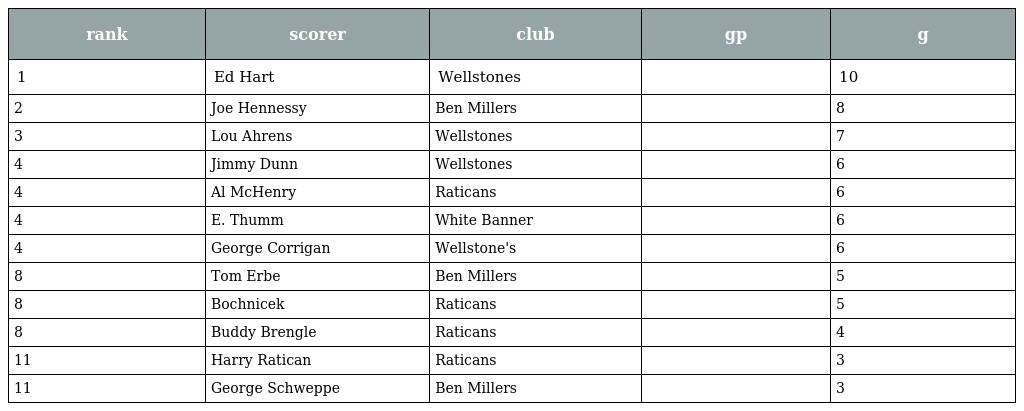
| rank | scorer | club | gp | g |
 | --- | --- | --- | --- | --- |
 | 1 | Ed Hart | Wellstones |  | 10 |
 | 2 | Joe Hennessy | Ben Millers |  | 8 |
 | 3 | Lou Ahrens | Wellstones |  | 7 |
 | 4 | Jimmy Dunn | Wellstones |  | 6 |
 | 4 | Al McHenry | Raticans |  | 6 |
 | 4 | E. Thumm | White Banner |  | 6 |
 | 4 | George Corrigan | Wellstone's |  | 6 |
 | 8 | Tom Erbe | Ben Millers |  | 5 |
 | 8 | Bochnicek | Raticans |  | 5 |
 | 8 | Buddy Brengle | Raticans |  | 4 |
 | 11 | Harry Ratican | Raticans |  | 3 |
 | 11 | George Schweppe | Ben Millers |  | 3 |